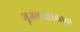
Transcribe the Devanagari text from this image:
भूजलधारकाचा